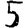
Digit: 5